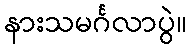
နားသမင်္ဂလာပွဲ။